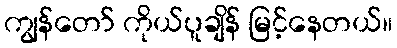
ကျွန်တော် ကိုယ်ပူချိန် မြင့်နေတယ်။